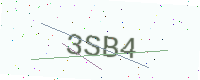
Text: 3SB4